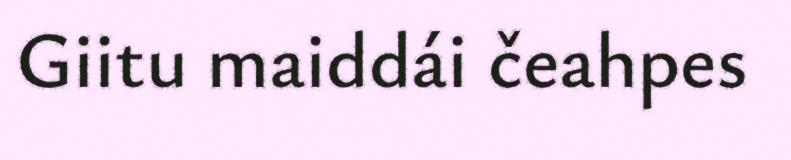
Giitu maiddái čeahpes